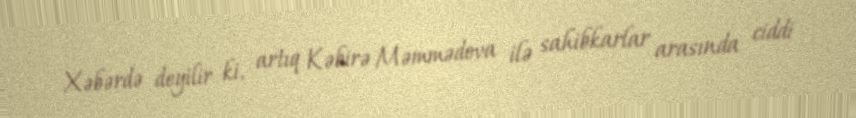
Xəbərdə deyilir ki, artıq Kəbirə Məmmədova ilə sahibkarlar arasında ciddi